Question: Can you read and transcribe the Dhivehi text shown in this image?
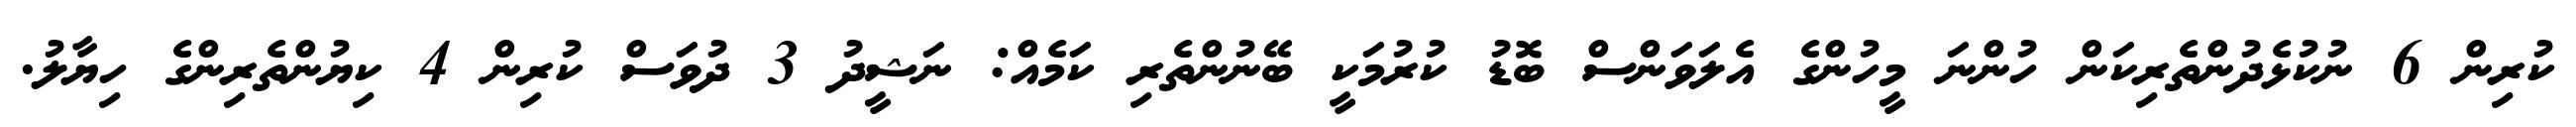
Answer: ކުރިން 6 ނުކުޅެދުންތެރިކަން ހުންނަ މީހުންގެ އެލަވަންސް ބޮޑު ކުރުމަކީ ބޭނުންތެރި ކަމެއް: ނަޝީދު 3 ދުވަސް ކުރިން 4 ކިޔުންތެރިންގެ ހިޔާލު.